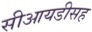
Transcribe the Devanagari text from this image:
सीआयडीसह